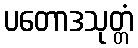
ပတောဒသုတ္တံ